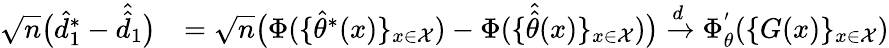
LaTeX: \begin{array}{rl}{\sqrt{n}\big(\hat{d}_{1}^{*}-\hat{\hat{d}}_{1}\big)}&{=\sqrt{n}\big(\Phi(\{ \hat{\theta}^{*}(x)\} _{x\in\mathcal{X}})-\Phi(\{ \hat{\hat{\theta}}(x)\} _{x\in\mathcal{X}})\big)\xrightarrow{d}\Phi_{\theta}^{'}(\{ G(x)\} _{x\in\mathcal{X}})}\end{array}